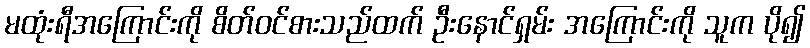
မထုံးရီအကြောင်းကို စိတ်ဝင်စားသည်ထက် ဦးနောင်ရှမ်း အကြောင်းကို သူက ပို၍